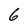
Character: 6